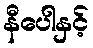
နီပေါနှင့်